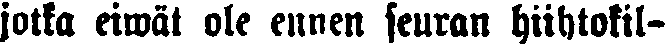
jotka eiwät ole ennen seuran hiihtokil-